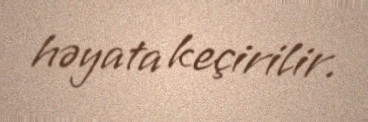
həyata keçirilir.